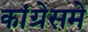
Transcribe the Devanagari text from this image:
कांग्रेसमे